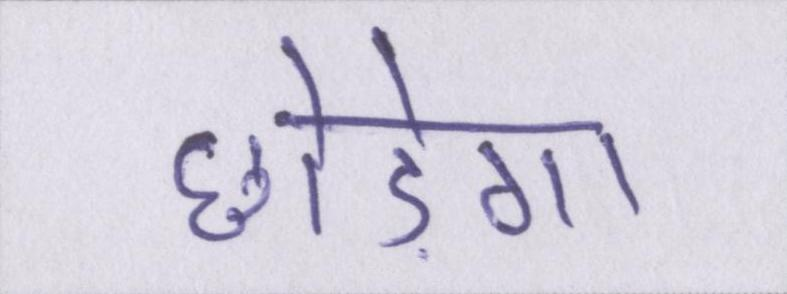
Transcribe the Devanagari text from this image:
छोड़ेगा